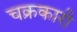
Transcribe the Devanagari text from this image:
चक्रकारी